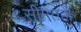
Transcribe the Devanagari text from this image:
सीमेतही